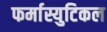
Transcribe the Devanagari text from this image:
फर्मास्युटिकल